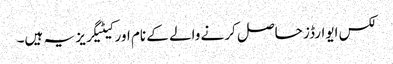
لکس ایوارڈز حاصل کرنے والے کے نام اور کیٹیگریز یہ ہیں۔